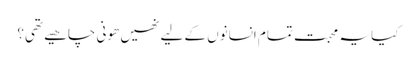
کیا یہ محبت تمام انسانوں کے لیے نھیں ھونی چاھیے تھی؟